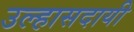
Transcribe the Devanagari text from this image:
उल्हासदायी